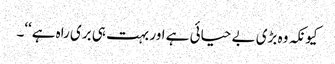
کیونکہ وہ بڑی بے حیائی ہے اور بہت ہی بری راہ ہے‘‘۔